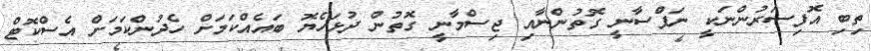
ތިބި އޮފިސަރުންނަކީ ނަފްސާނީ ގޮތުންނާއި ޖިސްމާނީ ގޮތުން ދުޅަހެޔޮ ބައެއްކަމަށް ހެދުންކަމަށް އެސްކޮޓް